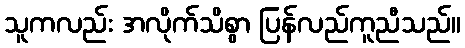
သူကလည်း အလိုက်သိစွာ ပြန်လည်ကူညီသည်။